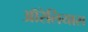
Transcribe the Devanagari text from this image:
ऑरेलियास